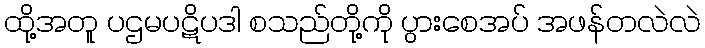
ထို့အတူ ပဌမပဋိပဒါ စသည်တို့ကို ပွားစေအပ် အဖန်တလဲလဲ